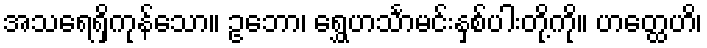
အသရေရှိကုန်သော။ ဥဘော၊ ရွှေဟင်္သာမင်းနှစ်ပါးတို့ကို။ ဟတ္ထေဟိ၊